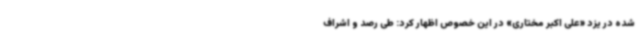
شده در یزد «علی اکبر مختاری» در این خصوص اظهار کرد: طی رصد و اشراف